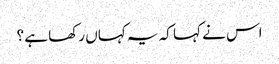
اس نے کہا کہ یہ کہاں رکھا ہے ؟